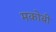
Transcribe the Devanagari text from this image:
मकोबी